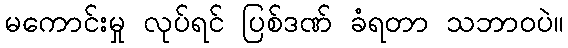
မကောင်းမှု လုပ်ရင် ပြစ်ဒဏ် ခံရတာ သဘာဝပဲ။